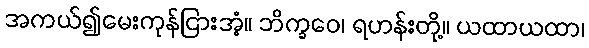
အကယ်၍မေးကုန်ငြားအံ့။ ဘိက္ခဝေ၊ ရဟန်းတို့။ ယထာယထာ၊